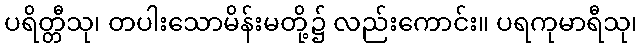
ပရိတ္တီသု၊ တပါးသောမိန်းမတို့၌ လည်းကောင်း။ ပရကုမာရီသု၊